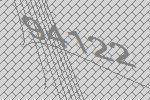
94122